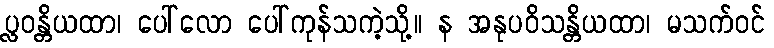
ပ္လဝန္တိယထာ၊ ပေါ်လော ပေါ်ကုန်သကဲ့သို့။ န အနုပဝိသန္တိယထာ၊ မသက်ဝင်